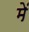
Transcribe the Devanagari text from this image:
मेॱ